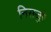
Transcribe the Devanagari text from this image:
निसजुरे